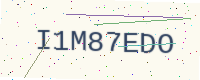
Text: I1M87EDO